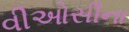
વીઓસીના